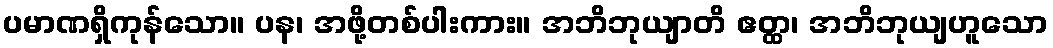
ပမာဏရှိကုန်သော။ ပန၊ အဖို့တစ်ပါးကား။ အဘိဘုယျာတိ ဧတ္ထ၊ အဘိဘုယျဟူသော